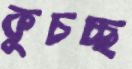
কুচচ্ছ